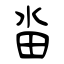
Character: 畓